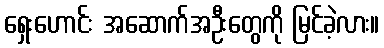
ရှေးဟောင်း အဆောက်အဦးတွေကို မြင်ခဲ့လား။